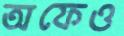
অফেও